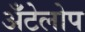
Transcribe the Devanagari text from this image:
अँटेलोप